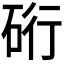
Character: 𮀖